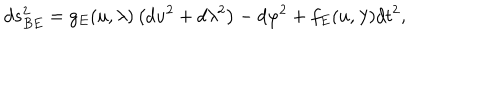
LaTeX: d s _ { B E } ^ { 2 } = g _ { E } ( u , \lambda ) \left( d u ^ { 2 } + d \lambda ^ { 2 } \right) - d \varphi ^ { 2 } + f _ { E } ( u , \lambda ) d t ^ { 2 } ,